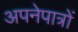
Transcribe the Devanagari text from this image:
अपनेपात्रों